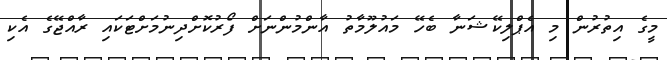
މީގެ އިތުރުން މި އެޕްލިކޭޝަނާ ބެހޭ މައުލޫމާތު އާންމުންނަށް ފޯރުކޮށްދިނުމަށްޓަކައި ރާއްޖޭގެ އެކި